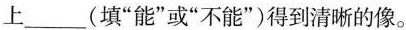
上___（填”能”或”不能”）得到清晰的像。